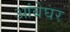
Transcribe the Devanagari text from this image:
आंबेघर